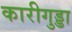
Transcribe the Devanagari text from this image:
कारीगुड्डा